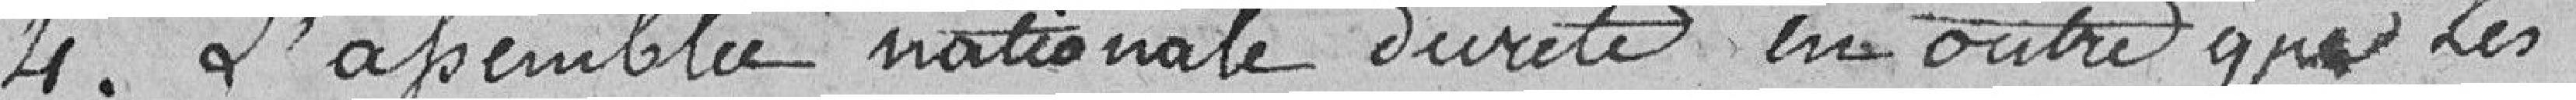
4° L'assemblée nationale décrète en outre que les